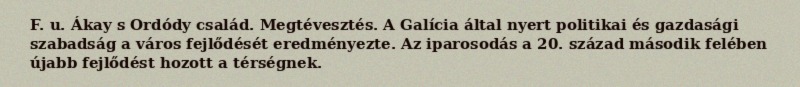
F. u. Ákay s Ordódy család. Megtévesztés. A Galícia által nyert politikai és gazdasági szabadság a város fejlődését eredményezte. Az iparosodás a 20. század második felében újabb fejlődést hozott a térségnek.